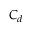
C _ { d }